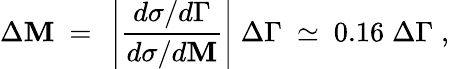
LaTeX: \Delta\mathbf{M}\ =\ \left\vert{\frac{{d\sigma/d\Gamma}}{{d\sigma/d\mathbf{M}}}}\right\vert\; \Delta\Gamma\ \simeq\ 0.16\; \Delta\Gamma\; ,